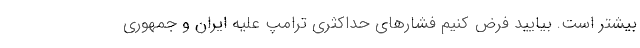
بیشتر است. بیایید فرض کنیم فشار‌های حداکثری ترامپ علیه ایران و جمهوری